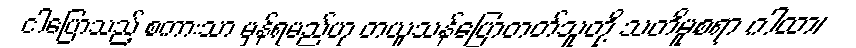
ငါပြောသည့် စကားသာ မှန်ရမည်ဟု တယူသန်ပြောတတ်သူတို့ သတိမူစရာ ဂါထာ၊